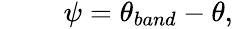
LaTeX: \begin{array}{rlr}{\mathrm{~}}&{{}}&{\psi=\theta_{band}-\theta,}\end{array}